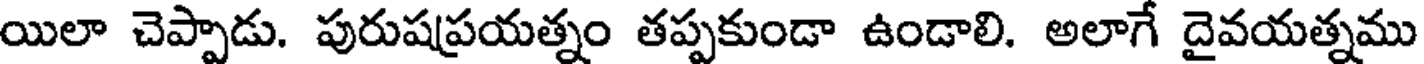
యిలా చెప్పాడు. పురుషప్రయత్నం తప్పకుండా ఉండాలి. అలాగే దైవయత్నము